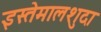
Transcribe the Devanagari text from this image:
इस्तेमालशुदा